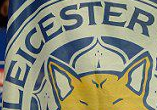
LEICESTER